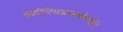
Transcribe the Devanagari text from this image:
बुद्धीन्द्रियाप्राणमनोवचोभिः